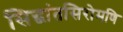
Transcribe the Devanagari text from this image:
सिद्धांतसिरोमणि